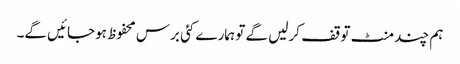
ہم چند منٹ توقف کرلیں گے تو ہمارے کئی برس محفوظ ہوجائیں گے۔